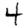
Digit: 4